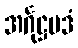
အင်္ဂုဋ္ဌပဒံ